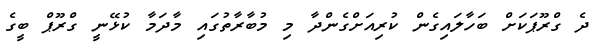
ދެ ގްރޫޕަކަށް ބަހާލައިގެން ކުރިއަށްގެންދާ މި މުބާރާތުގައި މާދަމާ ކުޅޭނީ ގްރޫޕް ބީގެ